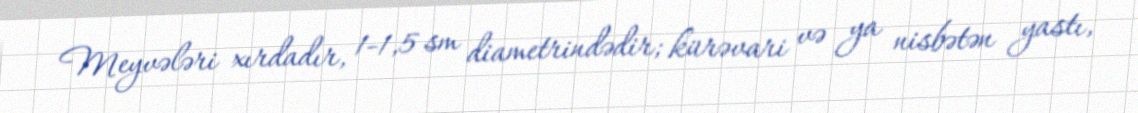
Meyvələri xırdadır, 1-1,5 sm diametrindədir; kürəvari və ya nisbətən yastı,